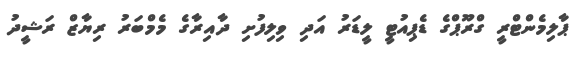
ޕާލިމެންޓްރީ ގްރޫޕްގެ ޑެޕިއުޓީ ލީޑަރު އަދި ވިލިފުށި ދާއިރާގެ މެމްބަރު ރިޔާޒް ރަޝީދު